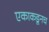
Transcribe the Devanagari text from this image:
एकाकडूनच